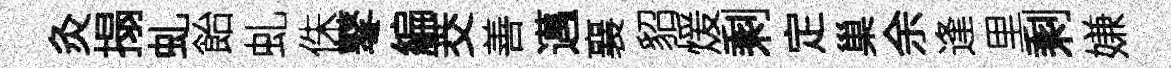
灸搨虬飴虬侏鼕編茭善邁襄貂煖剩定巢余逢里剩嫌